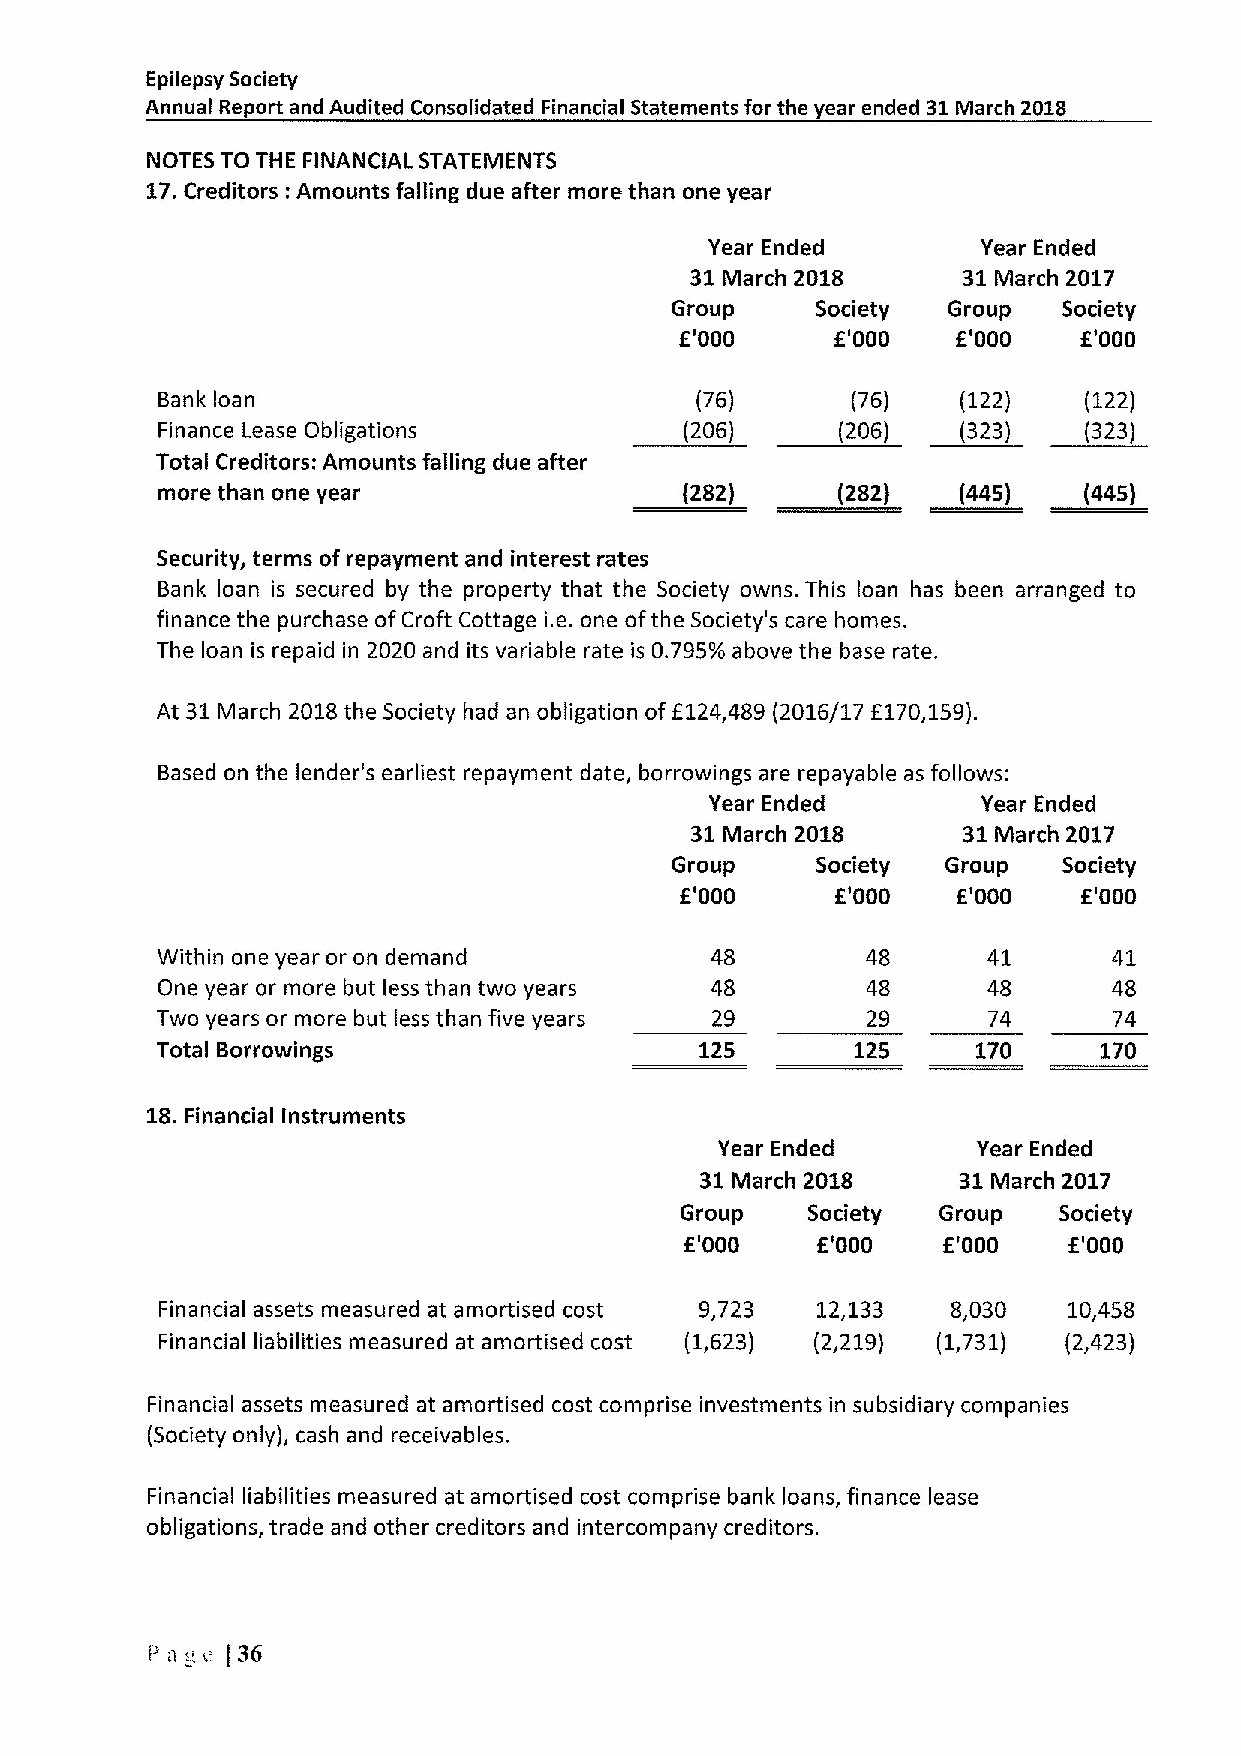
Epilepsy Society
 Annual Report and Audited Consolidated Financial Statements for the year ended 31March 2018
 NOTES TO THE FINANCIAL STATEMENTS
 17.Creditors: Amounts falling due after more than one year
 Year Ended        Year Ended
 31March 2018      31March 2017
 Group     Society  Group  Society
 E'000     E'000   E'000    E'000
 Bank loan                           (76)      (76)    (122)   (122)
 Finance Lease Obligations          (206)      (206)   (323)   (323)
 Total Creditors: Amounts falling due after
 more than one year                 (282)     (282)    (445)   (445)
 Security, terms of repayment and interest rates
 Bank loan is secured by the property that the Society owns. This loan has been arranged to
 finance the purchase ofCroft Cottage i.e. one ofthe Society's care homes.
 The loan is repaid in 2020 and its variable rate is 0.795/0 above the base rate.
 At 31March 2018the Society had an obligation ofF124,489 (2016/17 E170,159).
 Based on the lender's earliest repayment date, borrowings are repayable as follows:
 Year Ended        Year Ended
 31March 2018      31March 2017
 Group     Society  Group  Society
 E'000     E'000   E'000    E'000
 Within one year or on demand         48        48      41       41
 One year or more but less than two years 48    48      48       48
 Two years or more but less than five years 29  29      74       74
 Total Borrowings                    125        125     170     170
 18.Financial Instruments
 Year Ended       Year Ended
 31March 2018      31March 2017
 Group   Society  Group   Society
 E'000    E'000   E'000    E'000
 Financial assets measured at amortised cost 9,723 12,133 8,030 10,458
 Financial liabilities measured atamortised cost (1,623) (2,219) (1,731) (2,423)
 Financial assets measured at amortised cost comprise investments in subsidiary companies
 (Society only), cash and receivables.
 Financial liabilities measured at amortised cost comprise bank loans, finance lease
 obligations, trade and other creditors and intercompany creditors.
 Pa c )36